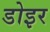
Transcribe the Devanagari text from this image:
डोइर